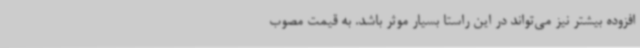
افزوده بیشتر نیز می‌تواند در این راستا بسیار موثر باشد. به قیمت مصوب